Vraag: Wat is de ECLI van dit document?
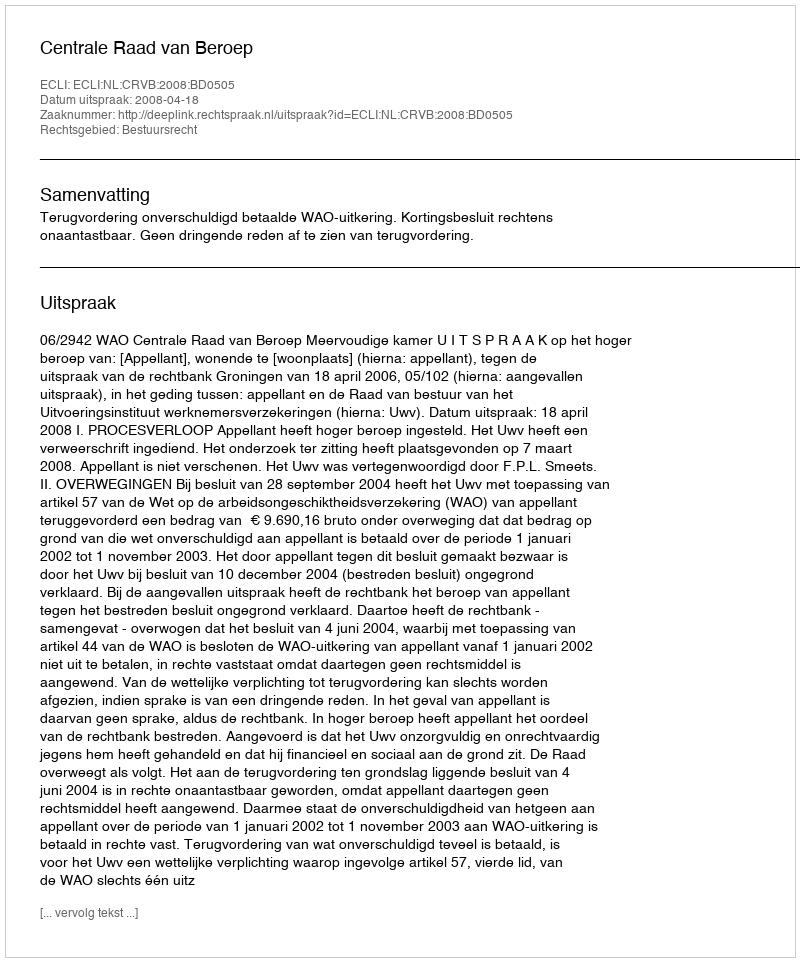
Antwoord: ECLI:NL:CRVB:2008:BD0505